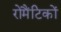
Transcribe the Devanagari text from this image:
रोमैंटिकों